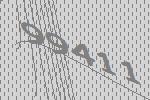
99411